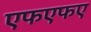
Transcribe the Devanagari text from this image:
एफएफए